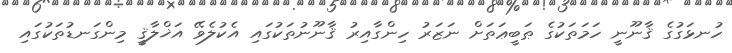
ހުނޅަގުގެ ޤާނޫނީ ހަމަތަކުގެ ޠަބީޢަތަށް ނަޒަރު ހިންގާއިރު ޤާނޫނުތަކުގައި އެކުލެވޭ އަޚްލާޤީ މިންގަނޑުތަކުގައި